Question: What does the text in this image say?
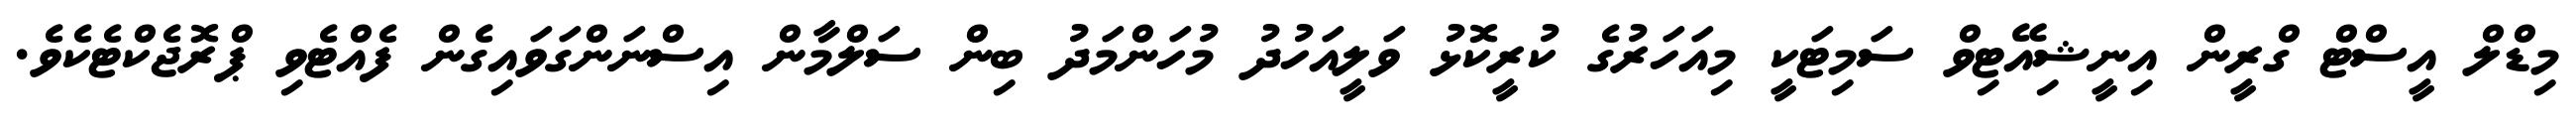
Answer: މިޑްލް އީސްޓް ގްރީން އިނީޝިއޭޓިވް ސަމިޓަކީ މިއަހަރުގެ ކުރީކޮޅު ވަލީއަހުދު މުހަންމަދު ބިން ސަލްމާން އިސްނަންގަވައިގެން ފެއްޓެވި ޕްރޮޖެކްޓެކެވެ.